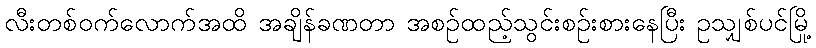
လီးတစ်ဝက်လောက်အထိ အချိန်ခဏတာ အစဉ်ထည့်သွင်းစဉ်းစားနေပြီး ဥသျှစ်ပင်မြို့